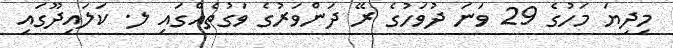
މިދިޔަ މަހުގެ 29 ވަނަ ދުވަހުގެ ރޭ ދަންވަރުގެ ވަގުތެއްގައި ލ. ކަލައިދޫގައި